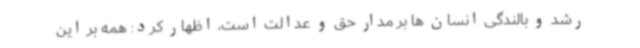
رشد و بالندگی انسان ها بر مدار حق و عدالت است، اظهار کرد: همه بر این